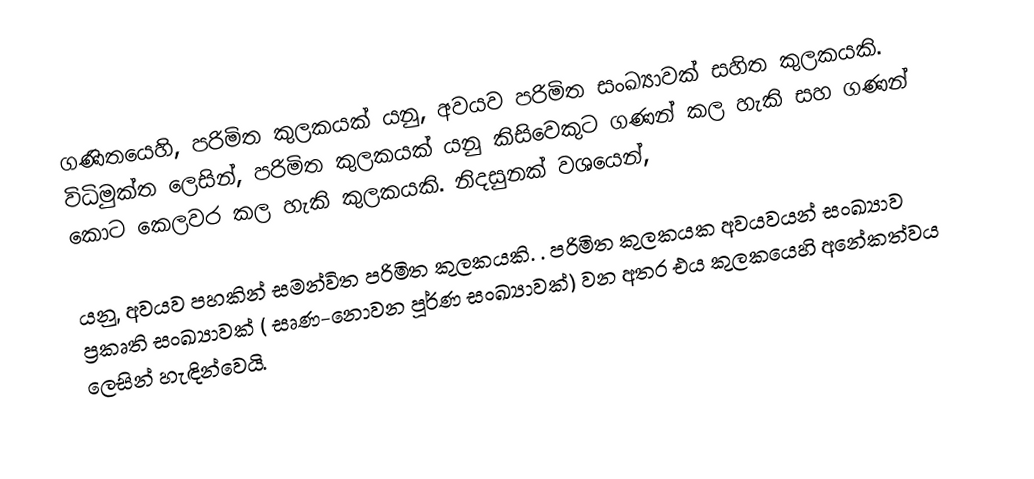
ගණිතයෙහි, පරිමිත කුලකයක් යනු, අවයව පරිමිත සංඛ්‍යාවක් සහිත කුලකයකි.  විධිමුක්ත ලෙසින්, පරිමිත කුලකයක් යනු කිසිවෙකුට ගණන් කල හැකි සහ ගණන් කොට කෙලවර කල හැකි කුලකයකි. නිදසුනක් වශයෙන්,

යනු, අවයව පහකින් සමන්විත පරිමිත කුලකයකි. . පරිමිත කුලකයක අවයවයන් සංඛ්‍යාව ප්‍රකෘති සංඛ්‍යාවක් ( සෘණ-නොවන පූර්ණ සංඛ්‍යාවක්) වන අතර එය කුලකයෙහි අනේකත්වය ලෙසින් හැඳින්වෙයි.